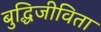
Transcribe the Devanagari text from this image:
बुद्धिजीविता